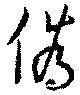
偽